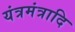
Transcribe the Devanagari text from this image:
यंत्रमंत्रादि